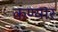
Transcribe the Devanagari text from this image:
कण्यार